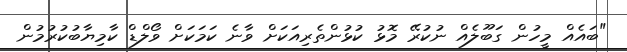
"ބައެއް މީހުން ގަބޫލެއް ނުކުރޭ މޮޅު ކުޅުންތެރިއަކަށް ވާނެ ކަމަކަށް ވޯލްޑް ކާމިޔާބުކުރުމުން